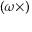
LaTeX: ( { \boldsymbol { \omega } } \times )